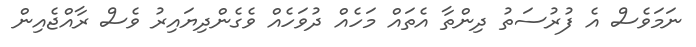
ނަމަވެސް އެ ފުރުސަތު ދިންތާ އެތައް މަހެއް ދުވަހެއް ވެގެންދިޔައިރު ވެސް ރާއްޖެއިން